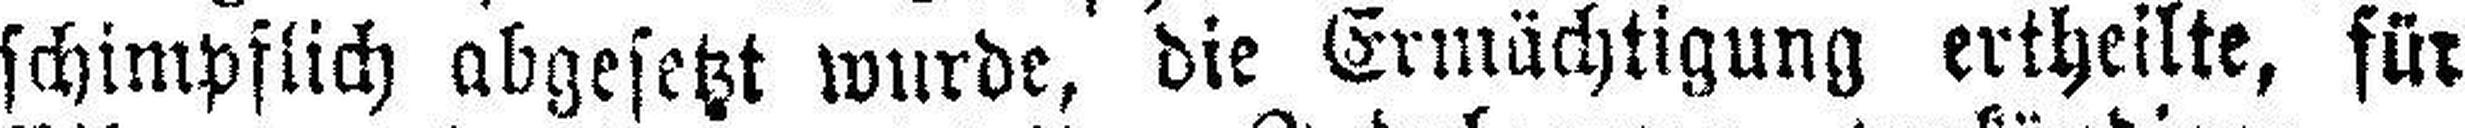
schimpflich abgesetzt wurde, die Ermächtigung ertheilte, für